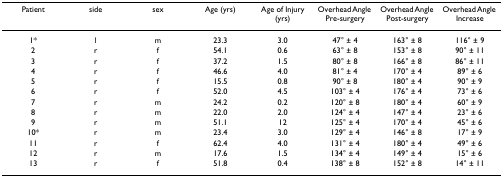
<table><thead><tr><td><b>Patient</b></td><td><b>side</b></td><td><b>sex</b></td><td><b>Age (yrs)</b></td><td><b>Age of Injury (yrs)</b></td><td><b>Overhead Angle Pre-surgery</b></td><td><b>Overhead Angle Post-surgery</b></td><td><b>Overhead Angle Increase</b></td></tr></thead><tbody><tr><td>1*</td><td>l</td><td>m</td><td>23.3</td><td>3.0</td><td>47° ± 4</td><td>163° ± 8</td><td>116° ± 9</td></tr><tr><td>2</td><td>r</td><td>f</td><td>54.1</td><td>0.6</td><td>63° ± 8</td><td>153° ± 8</td><td>90° ± 11</td></tr><tr><td>3</td><td>r</td><td>f</td><td>37.2</td><td>1.5</td><td>80° ± 8</td><td>166° ± 8</td><td>86° ± 11</td></tr><tr><td>4</td><td>r</td><td>f</td><td>46.6</td><td>4.0</td><td>81° ± 4</td><td>170° ± 4</td><td>89° ± 6</td></tr><tr><td>5</td><td>r</td><td>f</td><td>15.5</td><td>0.8</td><td>90° ± 8</td><td>180° ± 4</td><td>90° ± 9</td></tr><tr><td>6</td><td>r</td><td>f</td><td>52.0</td><td>4.5</td><td>103° ± 4</td><td>176° ± 4</td><td>73° ± 6</td></tr><tr><td>7</td><td>r</td><td>m</td><td>24.2</td><td>0.2</td><td>120° ± 8</td><td>180° ± 4</td><td>60° ± 9</td></tr><tr><td>8</td><td>r</td><td>m</td><td>22.0</td><td>2.0</td><td>124° ± 4</td><td>147° ± 4</td><td>23° ± 6</td></tr><tr><td>9</td><td>r</td><td>m</td><td>51.1</td><td>12</td><td>125° ± 4</td><td>170° ± 4</td><td>45° ± 6</td></tr><tr><td>10*</td><td>r</td><td>m</td><td>23.4</td><td>3.0</td><td>129° ± 4</td><td>146° ± 8</td><td>17° ± 9</td></tr><tr><td>11</td><td>r</td><td>f</td><td>62.4</td><td>4.0</td><td>131° ± 4</td><td>180° ± 4</td><td>49° ± 6</td></tr><tr><td>12</td><td>r</td><td>m</td><td>17.6</td><td>1.5</td><td>134° ± 4</td><td>149° ± 4</td><td>15° ± 6</td></tr><tr><td>13</td><td>r</td><td>f</td><td>51.8</td><td>0.4</td><td>138° ± 8</td><td>152° ± 8</td><td>14° ± 11</td></tr></tbody></table>